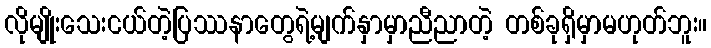
လိုမျိုးသေးငယ်တဲ့ပြဿနာတွေရဲ့မျက်နှာမှာညီညာတဲ့ တစ်ခုရှိမှာမဟုတ်ဘူး။